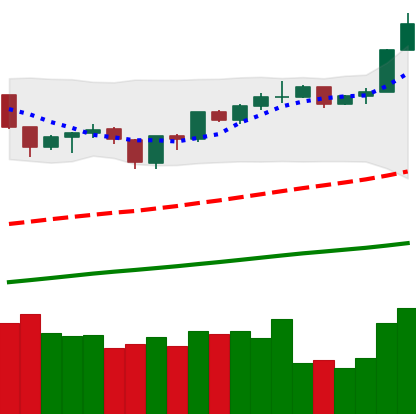
Ticker: ETH-USD
Chart end date: 2019-06-22
Forward return: -4.885%
Label: down_3_5